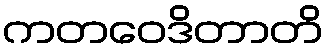
ကတဝေဒိတာတိ